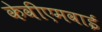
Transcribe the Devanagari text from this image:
केवीएमवाई